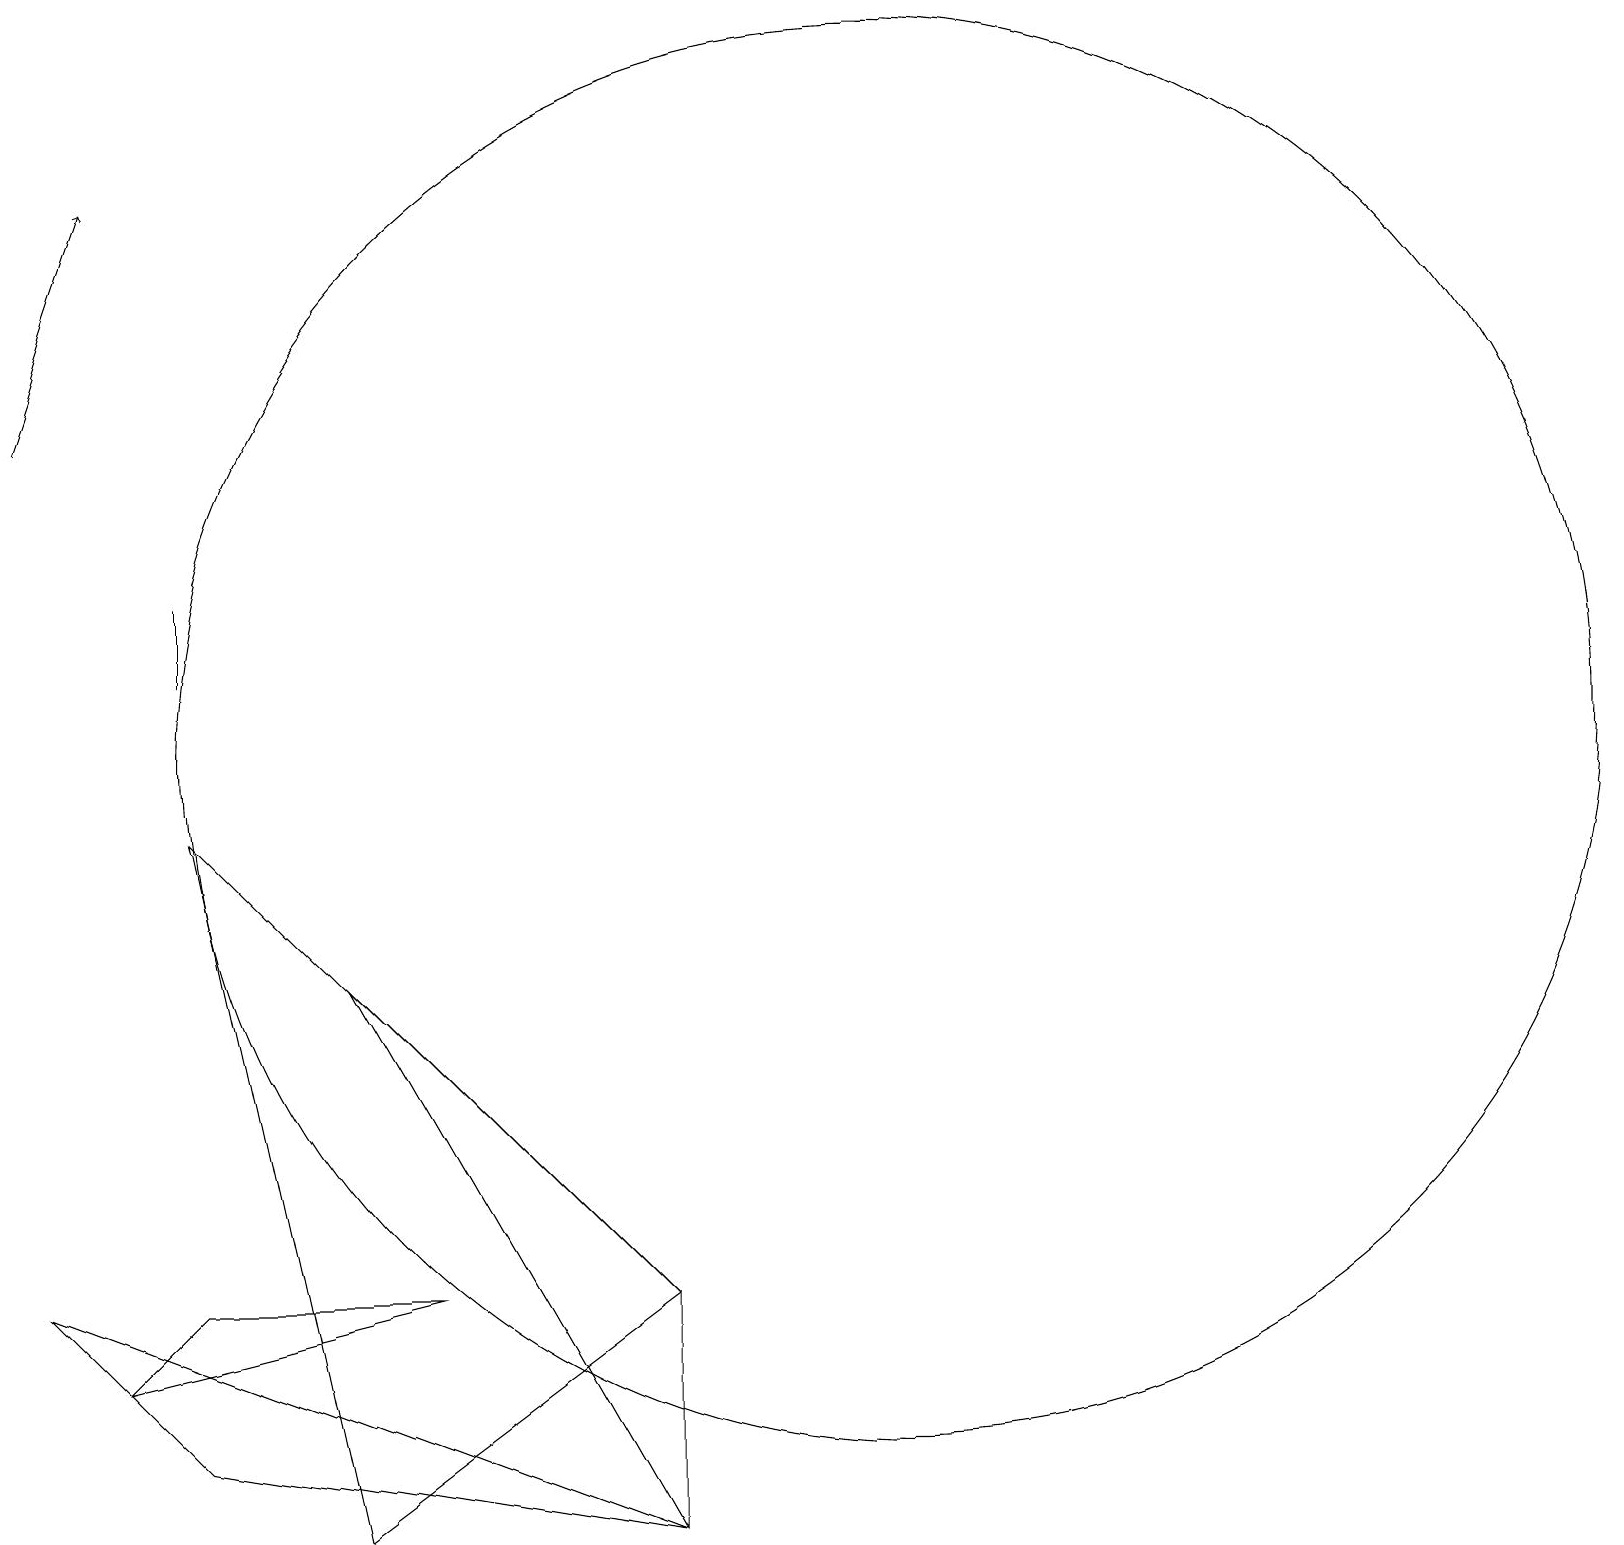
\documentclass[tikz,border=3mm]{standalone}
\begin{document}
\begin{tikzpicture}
\draw (3,12) rectangle (3,11);
\draw (9,3) -- (5,7) -- (9,0) -- cycle;
\draw (12,10) circle (9);
\draw (3,3) -- (6,3) -- (2,2) -- cycle;
\draw (9,3) -- (3,9) -- (5,0) -- cycle;
\draw[->] (1,14) -- (2,17);
\draw (1,3) -- (3,1) -- (9,0) -- cycle;
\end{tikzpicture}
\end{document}